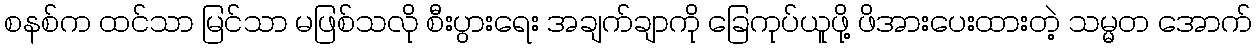
စနစ်က ထင်သာ မြင်သာ မဖြစ်သလို စီးပွားရေး အချက်ချာကို ခြေကုပ်ယူဖို့ ဖိအားပေးထားတဲ့ သမ္မတ အောက်